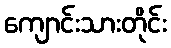
ကျောင်းသားတိုင်း